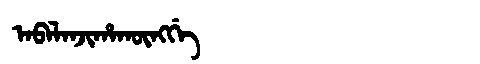
Manchu: ᠠᠪᠠᠯᠠᠨᠵᡳᡥᠠᡴᡡᠩᡤᡝ
Romanization: ABALANJIHAKŪNGGE